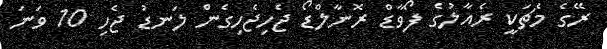
ރޭގެ މެޗަކީ ރެއާލުގެ ފޯވާޑް ރޮނާލްޑޯ ޖެހިޖެހިގެން ލަނޑު ޖެހި 10 ވަނަ